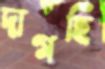
দাগছি